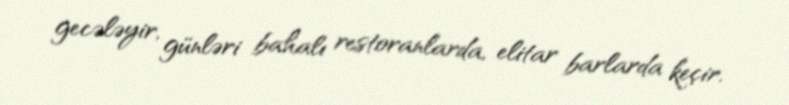
gecələyir, günləri bahalı restoranlarda, elitar barlarda keçir.